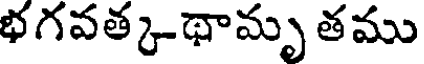
భగవత్క-థామృ తము